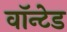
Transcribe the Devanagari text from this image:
वाॅन्टेड